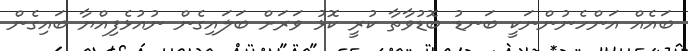
ބައެއް އަންހެނުންނަކީ ބަނޑު ބޮޑުވާތާ ކުރީ ކޮޅު ވަރަށް ބަލައިގެން ނުއުޅެފިއްޔާ ބައިގެން